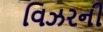
વિઝરની